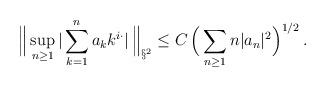
LaTeX: \begin{align*}\Big\| \sup_{n\ge 1}|\sum_{k=1}^n a_k k^{i\cdot }|\, \Big\|_{\S^2}\le C \,\Big(\sum_{n\ge 1}n|a_n|^2\Big)^{1/2}\, .\end{align*}